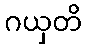
ဂယှတိ